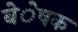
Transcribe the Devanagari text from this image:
बेेेेेषक